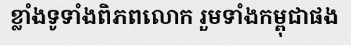
ខ្លាំងទូទាំងពិភពលោក រួមទាំងកម្ពុជាផង